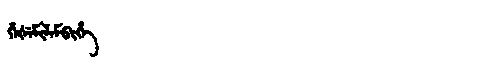
Manchu: ᡥᡝᡧᡝᠮᡳᠯᠠᠮᠪᡳᡥᡝ
Romanization: HEŠEMILAMBIHE